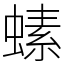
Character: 螦